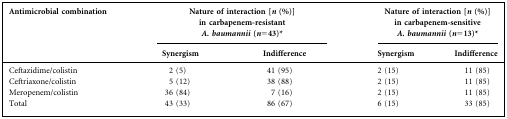
<table><thead><tr><td><b>Antimicrobial combination</b></td><td colspan="2"><b>Nature of interaction [<i>n</i> (%)] in carbapenem-resistant <i>A. baumannii</i> (<i>n</i> = 43)<sup>*</sup></b></td><td colspan="2"><b>Nature of interaction [<i>n</i> (%)] in carbapenem-sensitive <i>A. baumannii</i> (<i>n</i> = 13)<sup>*</sup></b></td></tr><tr><td></td><td><b>Synergism</b></td><td><b>Indifference</b></td><td><b>Synergism</b></td><td><b>Indifference</b></td></tr></thead><tbody><tr><td>Ceftazidime/colistin</td><td>2 (5)</td><td>41 (95)</td><td>2 (15)</td><td>11 (85)</td></tr><tr><td>Ceftriaxone/colistin</td><td>5 (12)</td><td>38 (88)</td><td>2 (15)</td><td>11 (85)</td></tr><tr><td>Meropenem/colistin</td><td>36 (84)</td><td>7 (16)</td><td>2 (15)</td><td>11 (85)</td></tr><tr><td>Total</td><td>43 (33)</td><td>86 (67)</td><td>6 (15)</td><td>33 (85)</td></tr></tbody></table>